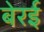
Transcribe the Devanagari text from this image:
बेरई